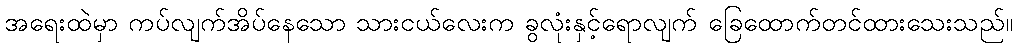
အရေးထဲမှာ ကပ်လျက်အိပ်နေသော သားငယ်လေးက ခွလုံးနှင့်ရောလျက် ခြေထောက်တင်ထားသေးသည်။